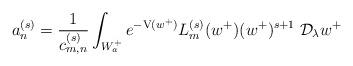
LaTeX: \begin{align*}a_n^{(s)}=\frac{1}{c_{m,n}^{(s)}}\int_{W_a^+}e^{-\mathrm{V}(w^+)}L_m^{(s)}(w^+)(w^+)^{s+1}\;\mathcal{D}_\lambda w^+\end{align*}